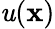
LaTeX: \mathit{u}(\mathbf{{x}})